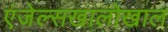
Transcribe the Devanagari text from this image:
एंजेल्सखालोखाल